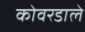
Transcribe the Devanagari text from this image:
कोवरडाले